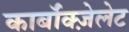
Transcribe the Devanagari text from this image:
कार्बॉक्ज़ेलेट